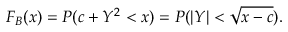
F _ { B } ( x ) = P ( c + Y ^ { 2 } < x ) = P ( \left| Y \right| < \sqrt { x - c } ) .